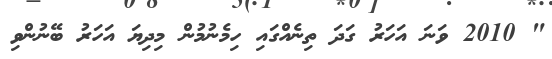
" 2010 ވަނަ އަހަރު ގަދަ ތިނެއްގައި ހިމެނުމުން މިދިޔަ އަހަރު ބޭނުންވި